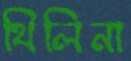
থিলিনা